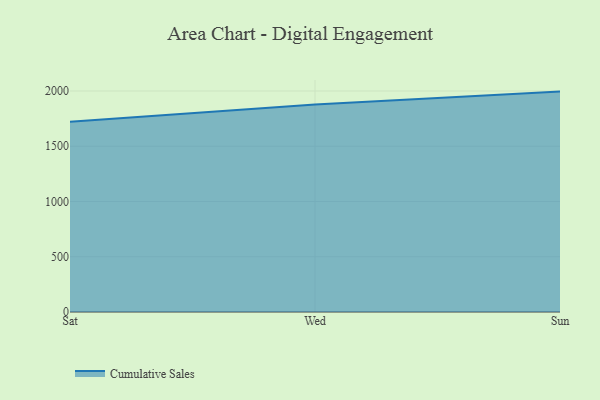
{"axis": {"x": "Day", "y": "Shipments"}, "legend": ["Cumulative Sales"], "data": [{"x": "Sat", "y": 1720.8, "type": "Cumulative Sales"}, {"x": "Wed", "y": 1877.6, "type": "Cumulative Sales"}, {"x": "Sun", "y": 1994.4, "type": "Cumulative Sales"}]}